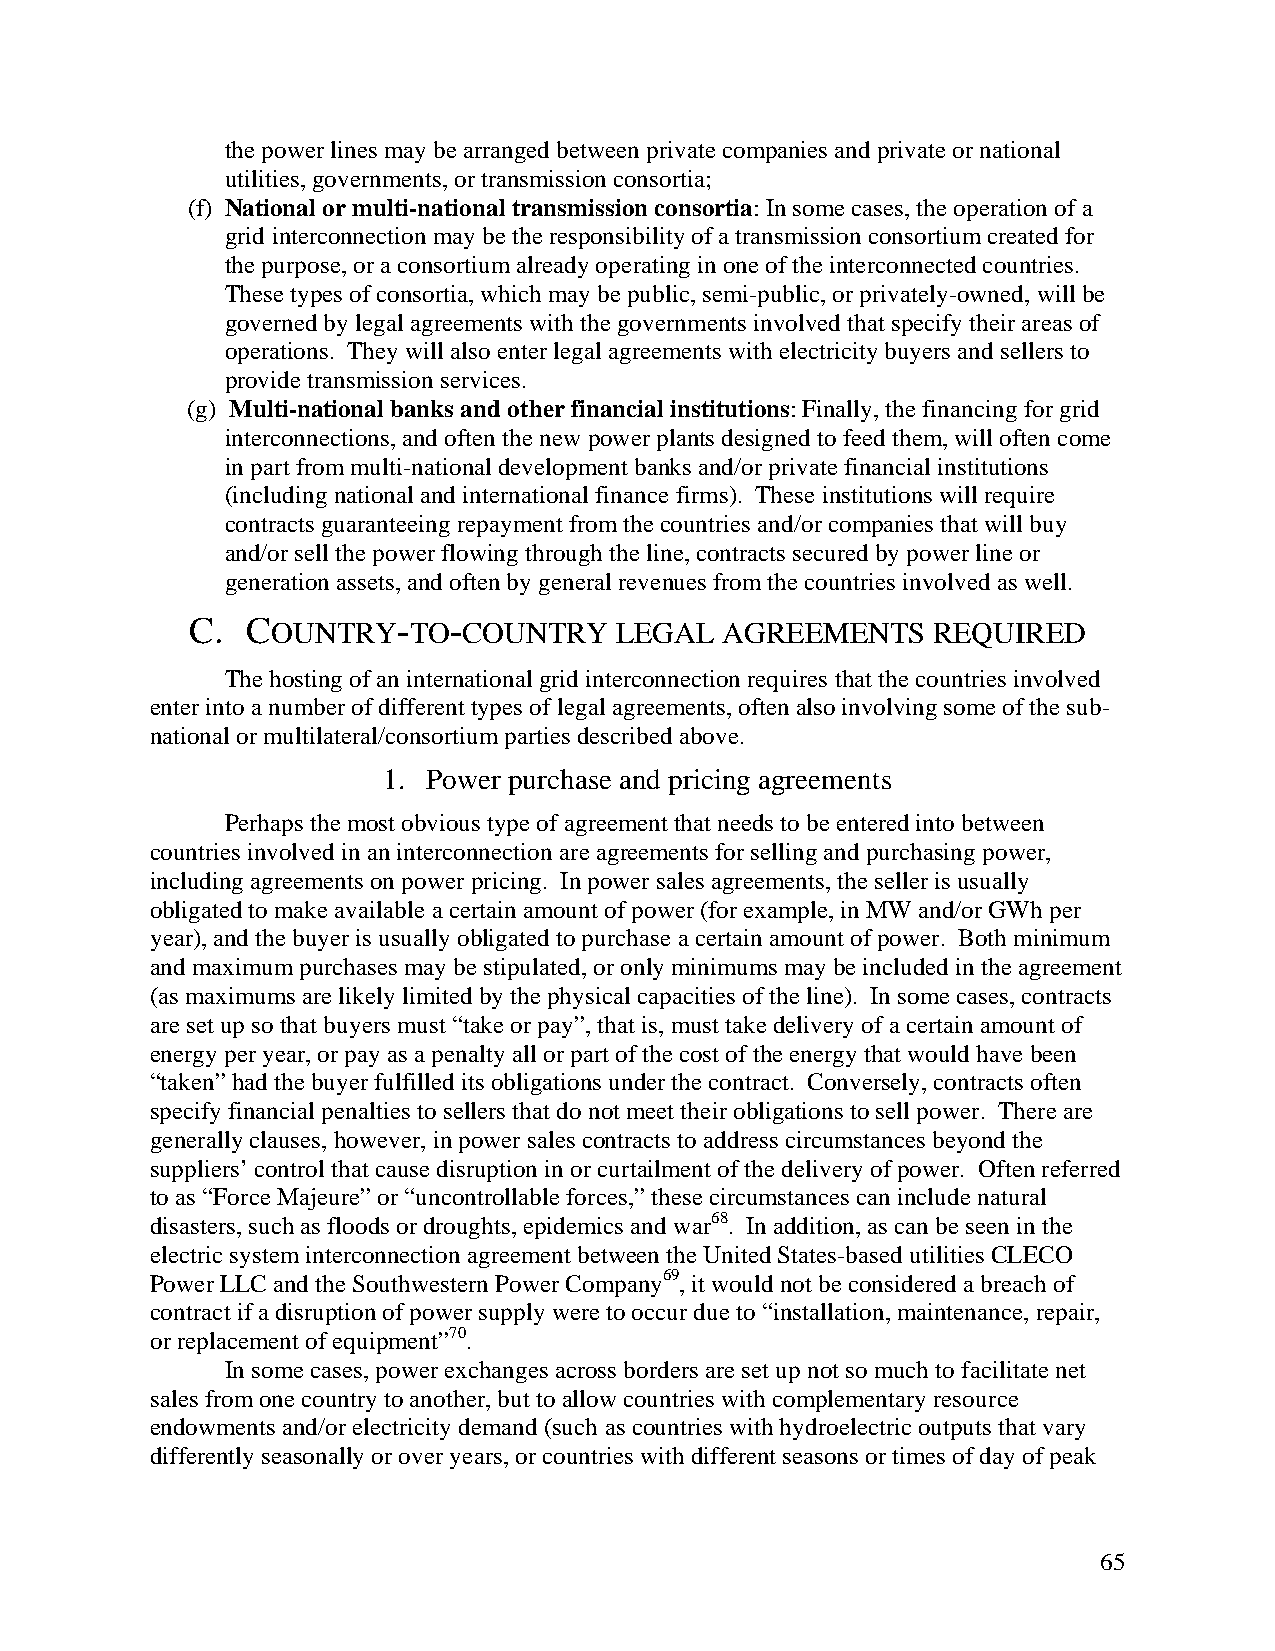
the power lines may be arranged between private companies and private or national
 utilities, governments, or transmission consortia;
 (f) National or multi-national transmission consortia: In some cases, the operation of a
 grid interconnection may be the responsibility of a transmission consortium created for
 the purpose, or a consortium already operating in one of the interconnected countries.
 These types of consortia, which may be public, semi-public, or privately-owned, will be
 governed by legal agreements with the governments involved that specify their areas of
 operations. They will also enter legal agreements with electricity buyers and sellers to
 provide transmission services.
 (g) Multi-national banks and other financial institutions: Finally, the financing for grid
 interconnections, and often the new power plants designed to feed them, will often come
 in part from multi-national development banks and/or private financial institutions
 (including national and international finance firms). These institutions will require
 contracts guaranteeing repayment from the countries and/or companies that will buy
 and/or sell the power flowing through the line, contracts secured by power line or
 generation assets, and often by general revenues from the countries involved as well.
 C. COUNTRY-TO-COUNTRY       LEGAL  AGREEMENTS    REQUIRED
 The hosting of an international grid interconnection requires that the countries involved
 enter into a number of different types of legal agreements, often also involving some of the sub-
 national or multilateral/consortium parties described above.
 1. Power purchase and pricing agreements
 Perhaps the most obvious type of agreement that needs to be entered into between
 countries involved in an interconnection are agreements for selling and purchasing power,
 including agreements on power pricing. In power sales agreements, the seller is usually
 obligated to make available a certain amount of power (for example, in MW and/or GWh per
 year), and the buyer is usually obligated to purchase a certain amount of power. Both minimum
 and maximum purchases may be stipulated, or only minimums may be included in the agreement
 (as maximums are likely limited by the physical capacities of the line). In some cases, contracts
 are set up so that buyers must “take or pay”, that is, must take delivery of a certain amount of
 energy per year, or pay as a penalty all or part of the cost of the energy that would have been
 “taken” had the buyer fulfilled its obligations under the contract. Conversely, contracts often
 specify financial penalties to sellers that do not meet their obligations to sell power. There are
 generally clauses, however, in power sales contracts to address circumstances beyond the
 suppliers’ control that cause disruption in or curtailment of the delivery of power. Often referred
 to as “Force Majeure” or “uncontrollable forces,” these circumstances can include natural
 disasters, such as floods or droughts, epidemics and war68. In addition, as can be seen in the
 electric system interconnection agreement between the United States-based utilities CLECO
 Power LLC and the Southwestern Power Company69, it would not be considered a breach of
 contract if a disruption of power supply were to occur due to “installation, maintenance, repair,
 or replacement of equipment”70.
 In some cases, power exchanges across borders are set up not so much to facilitate net
 sales from one country to another, but to allow countries with complementary resource
 endowments and/or electricity demand (such as countries with hydroelectric outputs that vary
 differently seasonally or over years, or countries with different seasons or times of day of peak
 65